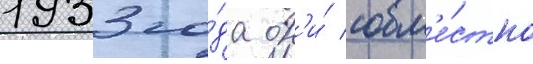
1933 го́да он'и́ совм'е́стно